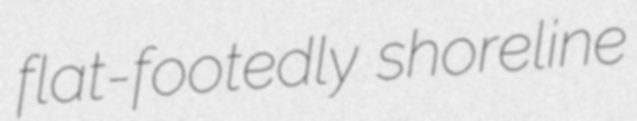
flat-footedly shoreline